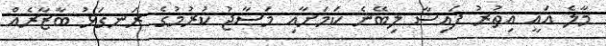
މާލެ އައީ އިތުރު ފައިސާ ލިބޭނެ ކަމަށާއި މަސާޖު ކުރުމުގެ ރަނގަޅު ބާޒާރެއް